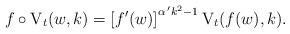
\begin{align*}f\circ \mathrm{V}_t(w,k)=\left[f^{\prime}(w)\right]^{\alpha^{\,\prime}k^2-1}\mathrm{V}_t(f(w),k).\end{align*}